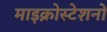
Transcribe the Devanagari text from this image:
माइक्रोस्टेशनों